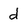
Character: d